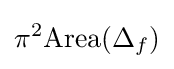
\pi ^{2}{\text{Area}}(\Delta _{f})